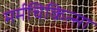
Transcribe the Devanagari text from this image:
मर्मचिकित्सा